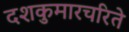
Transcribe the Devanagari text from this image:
दशकुमारचरिते